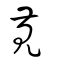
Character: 萈